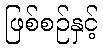
ဖြစ်စဉ်နှင့်